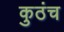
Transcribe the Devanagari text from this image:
कुठंच